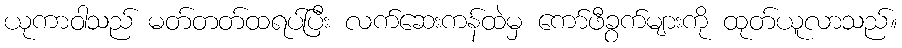
ယုကာဝါသည် မတ်တတ်ထရပ်ပြီး လက်ဆေးကန်ထဲမှ ကော်ဖီခွက်များကို ထုတ်ယူလာသည်။